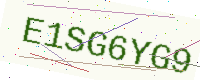
Text: E1SG6YG9